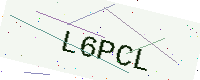
Text: L6PCL